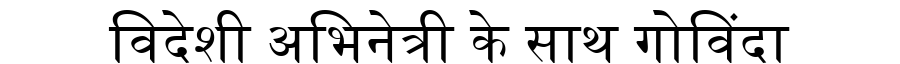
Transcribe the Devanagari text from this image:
विदेशी अभिनेत्री के साथ गोविंदा